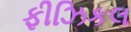
ફીઝિકલ